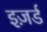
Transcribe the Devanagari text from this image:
इज़र्ड